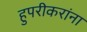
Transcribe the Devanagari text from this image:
हुपरीकरांना